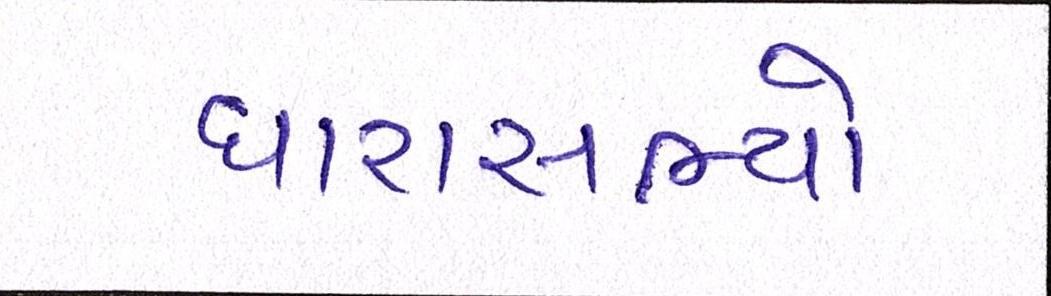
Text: ધારાસભ્યો